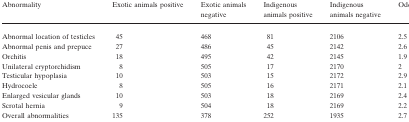
| Abnormality | Exotic animals positive | Exotic animals negative | Indigenous animals positive | Indigenous animals negative | Odds Ratio |
 | --- | --- | --- | --- | --- | --- |
 | Abnormal location of testicles | 45 | 468 | 81 | 2106 | 2.5 |
 | Abnormal penis and prepuce | 27 | 486 | 45 | 2142 | 2.6 |
 | Orchitis | 18 | 495 | 42 | 2145 | 1.9 |
 | Unilateral cryptorchidism | 8 | 505 | 17 | 2170 | 2 |
 | Testicular hypoplasia | 10 | 503 | 15 | 2172 | 2.9 |
 | Hydrocoele | 8 | 505 | 16 | 2171 | 2.1 |
 | Enlarged vesicular glands | 10 | 503 | 18 | 2169 | 2.4 |
 | Scrotal hernia | 9 | 504 | 18 | 2169 | 2.2 |
 | Overall abnormalities | 135 | 378 | 252 | 1935 | 2.7 |